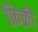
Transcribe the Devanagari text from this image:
फ़िक्री